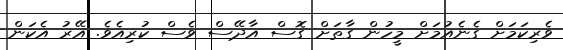
ވެރިކަމަށް ގެނެއުމަށް މީހުން ގާތަށް ގޮސް އާދޭސް ވެސް ކުރިއެވެ. އޭރު އެކަން